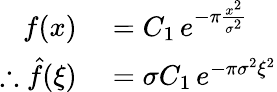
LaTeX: \begin{array}{rl}{f(x)}&{{}=C_{1}\, e^{-\pi{\frac{x^{2}}{\sigma^{2}}}}}\\ {\therefore{\hat{f}}(\xi)}&{{}=\sigma C_{1}\, e^{-\pi\sigma^{2}\xi^{2}}}\end{array}